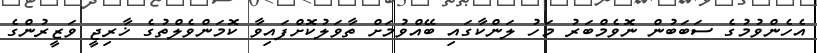
އެހެންވުމުގެ ސަބަބުން ނޮވެމްބަރު މަހު ލަންކާގައި ބޭއްވުމަށް ތާވަލުކޮށްފައިވާ ކޮމަންވެލްތުގެ ޚާރިޖީ ވަޒީރުންގެ